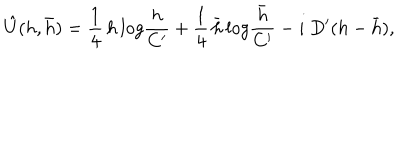
\hat { U } ( h , \bar { h } ) = { \frac { 1 } { 4 } } \, h \, l o g { \frac { h } { C ^ { \prime } } } + { \frac { 1 } { 4 } } \, \bar { h } \, l o g { \frac { \bar { h } } { C ^ { \prime } } } - i \ D ^ { \prime } ( h - \bar { h } ) ,